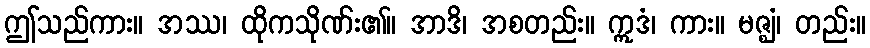
ဤသည်ကား။ အဿ၊ ထိုကသိုဏ်း၏။ အာဒိ၊ အစတည်း။ ဣဒံ၊ ကား။ မဇ္ဈံ၊ တည်း။